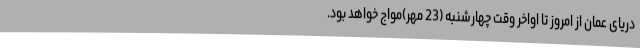
دریای عمان از امروز تا اواخر وقت چهارشنبه (23 مهر)مواج خواهد بود.